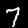
Digit: 7